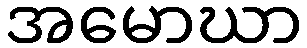
အမောဃာ